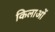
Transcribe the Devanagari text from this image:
किलाओं